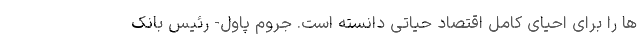
ها را برای احیای کامل اقتصاد حیاتی دانسته است. جروم پاول- رئیس بانک